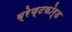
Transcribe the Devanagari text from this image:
ब्रेण्टफोर्ड